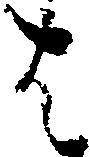
は